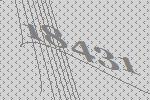
18431